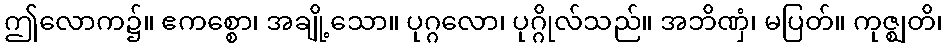
ဤလောက၌။ ဧကစ္စော၊ အချို့သော။ ပုဂ္ဂလော၊ ပုဂ္ဂိုလ်သည်။ အဘိဏှံ၊ မပြတ်။ ကုဇ္ဈတိ၊